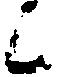
候